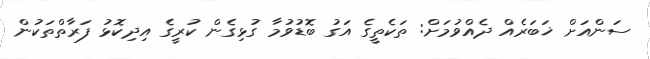
ސަންއަށް ޚަބަރެއް ދެއްވުމަށް: ތަކެތީގެ އަގު ބޮޑުވުމާ ގުޅިގެން ކުރީގެ އިދިކޮޅު ފަރާތްތަކުން